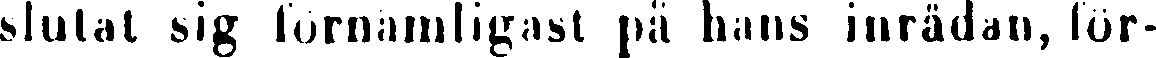
slutat sig förnämligast på hans inrådan, för-